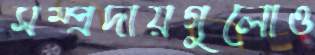
সম্প্রদায়গুলোও